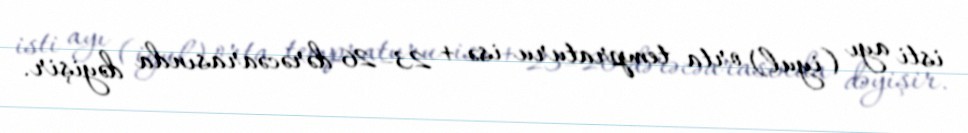
isti ayı (iyul) orta tempraturu isə + 23–26 dərəcəarasında dəyişir.